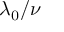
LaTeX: \lambda _ { 0 } / \nu